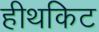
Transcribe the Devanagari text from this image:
हीथकिट